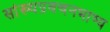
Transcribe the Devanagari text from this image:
सांख्यप्रवचनभाष्य